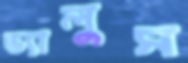
ভ্যালুস